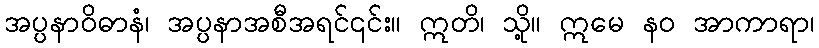
အပ္ပနာဝိဓာနံ၊ အပ္ပနာအစီအရင်၎င်း။ ဣတိ၊ သို့။ ဣမေ နဝ အာကာရာ၊